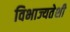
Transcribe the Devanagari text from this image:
विभाज्यतेशी